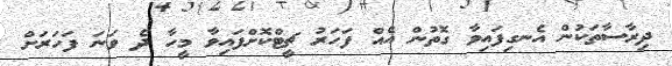
ދިރާސާތަކުން އެނގިފައިވާ ގޮތުން އެއް ފަހަރު ޗީޓްކޮށްފައިވާ މީހާ ދެ ވަނަ ފަހަރަށް